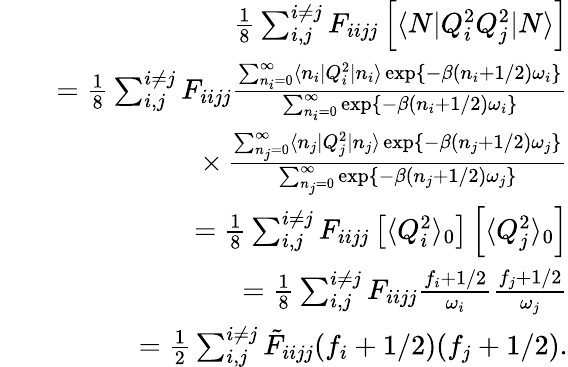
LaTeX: \begin{array}{rlr}&{}&{\frac{1}{8}\sum_{i,j}^{i\neq j}F_{iijj}\left[\langle N|Q_{i}^{2}Q_{j}^{2}|N\rangle\right]}\\ &{}&{=\frac{1}{8}\sum_{i,j}^{i\neq j}F_{iijj}\frac{\sum_{n_{i}=0}^{\infty}\langle n_{i}|Q_{i}^{2}|n_{i}\rangle\exp\{ -\beta(n_{i}+1/2)\omega_{i}\} }{\sum_{n_{i}=0}^{\infty}\exp\{ -\beta(n_{i}+1/2)\omega_{i}\} }}\\ &{}&{\, \, \, \, \, \times\, \frac{\sum_{n_{j}=0}^{\infty}\langle n_{j}|Q_{j}^{2}|n_{j}\rangle\exp\{ -\beta(n_{j}+1/2)\omega_{j}\} }{\sum_{n_{j}=0}^{\infty}\exp\{ -\beta(n_{j}+1/2)\omega_{j}\} }}\\ &{}&{=\frac{1}{8}\sum_{i,j}^{i\neq j}F_{iijj}\left[\langle Q_{i}^{2}\rangle_{0}\right]\left[\langle Q_{j}^{2}\rangle_{0}\right]}\\ &{}&{=\frac{1}{8}\sum_{i,j}^{i\neq j}F_{iijj}\frac{f_{i}+1/2}{\omega_{i}}\frac{f_{j}+1/2}{\omega_{j}}}\\ &{}&{=\frac{1}{2}\sum_{i,j}^{i\neq j}\tilde{F}_{iijj}(f_{i}+1/2)(f_{j}+1/2).}\end{array}